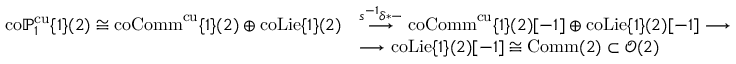
\begin{array} { r l } { \mathrm { c o } \mathbb { P } _ { 1 } ^ { \mathrm { c u } } \{ 1 \} ( 2 ) \cong \mathrm { c o C o m m } ^ { \mathrm { c u } } \{ 1 \} ( 2 ) \oplus \mathrm { c o L i e } \{ 1 \} ( 2 ) } & { \stackrel { s ^ { - 1 } \delta * - } { \longrightarrow } \mathrm { c o C o m m } ^ { \mathrm { c u } } \{ 1 \} ( 2 ) [ - 1 ] \oplus \mathrm { c o L i e } \{ 1 \} ( 2 ) [ - 1 ] \longrightarrow } \\ & { \longrightarrow \mathrm { c o L i e } \{ 1 \} ( 2 ) [ - 1 ] \cong \mathrm { C o m m } ( 2 ) \subset \mathcal { O } ( 2 ) } \end{array}